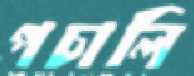
পচালি